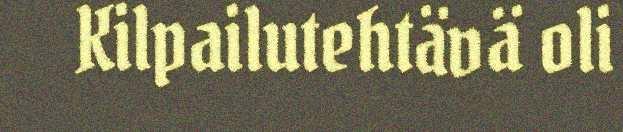
Kilpailutehtävä oli